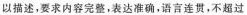
以描述，要求内容完整，表达准确，语言连贯，不超过